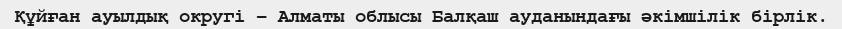
Құйған ауылдық округі – Алматы облысы Балқаш ауданындағы әкімшілік бірлік.